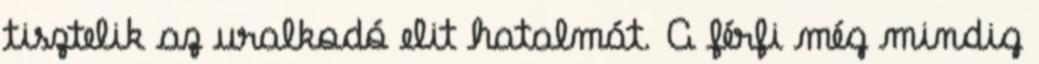
tisztelik az uralkodó elit hatalmát. A férfi még mindig